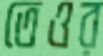
তেওর